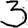
Digit: 3